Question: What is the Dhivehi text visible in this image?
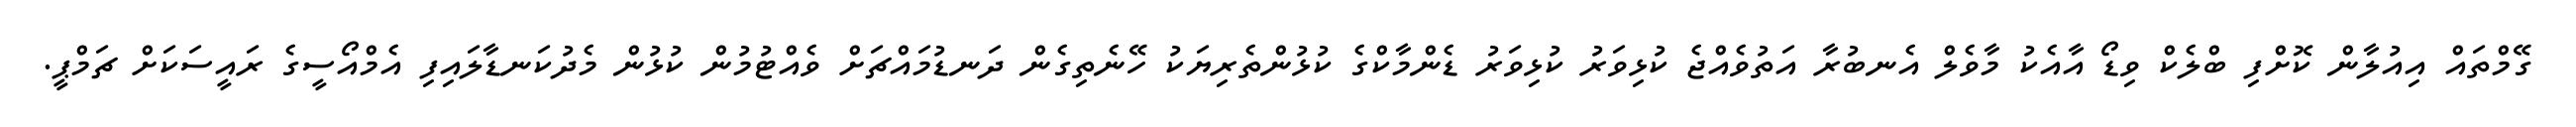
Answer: ގޭމްތައް އިއުލާން ކޮށްފި ބްލެކް ވިޑޯ އާއެކު މާވެލް އެނބުރާ އަތުވެއްޖެ ކުޅިވަރު ކުޅިވަރު ޑެންމާކްގެ ކުޅުންތެރިޔަކު ހޭނެތިގެން ދަނޑުމައްޗަށް ވެއްޓުމުން ކުޅުން މެދުކަނޑާލައިފި އެމްއޯސީގެ ރައީސަކަށް ޗަމްޕީ.